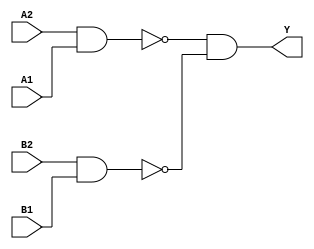
/*
 * Copyright 2020 The SkyWater PDK Authors
 *
 * Licensed under the Apache License, Version 2.0 (the "License");
 * you may not use this file except in compliance with the License.
 * You may obtain a copy of the License at
 *
 *     https://www.apache.org/licenses/LICENSE-2.0
 *
 * Unless required by applicable law or agreed to in writing, software
 * distributed under the License is distributed on an "AS IS" BASIS,
 * WITHOUT WARRANTIES OR CONDITIONS OF ANY KIND, either express or implied.
 * See the License for the specific language governing permissions and
 * limitations under the License.
 *
 * SPDX-License-Identifier: Apache-2.0
*/


`ifndef SKY130_FD_SC_HD__A22OI_BEHAVIORAL_V
`define SKY130_FD_SC_HD__A22OI_BEHAVIORAL_V

/**
 * a22oi: 2-input AND into both inputs of 2-input NOR.
 *
 *        Y = !((A1 & A2) | (B1 & B2))
 *
 * Verilog simulation functional model.
 */

`timescale 1ns / 1ps
`default_nettype none

`celldefine
module sky130_fd_sc_hd__a22oi (
    Y ,
    A1,
    A2,
    B1,
    B2
);

    // Module ports
    output Y ;
    input  A1;
    input  A2;
    input  B1;
    input  B2;

    // Module supplies
    supply1 VPWR;
    supply0 VGND;
    supply1 VPB ;
    supply0 VNB ;

    // Local signals
    wire nand0_out ;
    wire nand1_out ;
    wire and0_out_Y;

    //   Name   Output      Other arguments
    nand nand0 (nand0_out , A2, A1              );
    nand nand1 (nand1_out , B2, B1              );
    and  and0  (and0_out_Y, nand0_out, nand1_out);
    buf  buf0  (Y         , and0_out_Y          );

endmodule
`endcelldefine

`default_nettype wire
`endif  // SKY130_FD_SC_HD__A22OI_BEHAVIORAL_V